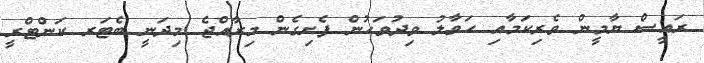
ރައީސް ޔާމީން ވެރިކަމާއި ހަވާލު ވިދުވަހުން ފެށިގެން މިރާއްޖެ މިދަނީ ބެޓަރ ކަންޓްރީ